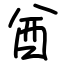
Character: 酋